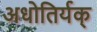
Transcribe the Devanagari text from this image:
अधोतिर्यक्‌